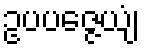
ဥပပဇ္ဇေယျံ